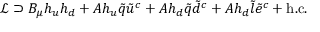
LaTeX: { \mathcal { L } } \supset B _ { \mu } h _ { u } h _ { d } + A h _ { u } { \tilde { q } } { \tilde { u } } ^ { c } + A h _ { d } { \tilde { q } } { \tilde { d } } ^ { c } + A h _ { d } { \tilde { l } } { \tilde { e } } ^ { c } + { \mathrm { h . c . } }